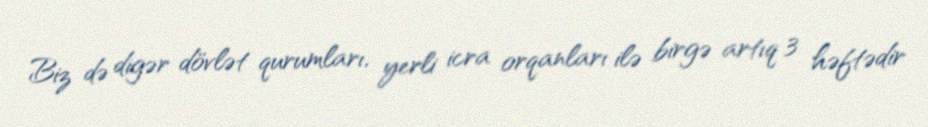
Biz də digər dövlət qurumları, yerli icra orqanları ilə birgə artıq 3 həftədir